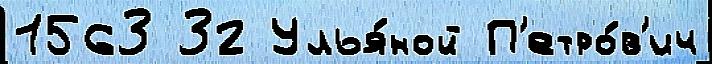
1563 32 Улья́ной П'етро́в'ич